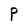
Character: P